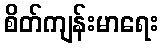
စိတ်ကျန်းမာရေး